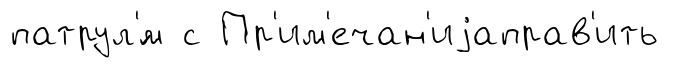
патрул'́м с Пр'им'ечан'иjаправ'ить